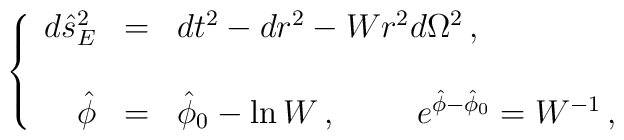
\left\{\begin{array}{rcl}d\hat{s}^{2}_{E} & = & dt^{2} -dr^{2} -Wr^{2}d\Omega^{2}\, ,  \\& & \\\hat{\phi} & = & \hat{\phi}_{0} -\ln W\, ,\hspace{1cm}e^{\hat{\phi}-\hat{\phi}_{0}} =W^{-1}\, ,\\\end{array}\right.